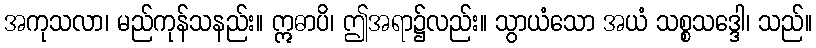
အကုသလာ၊ မည်ကုန်သနည်း။ ဣဓာပိ၊ ဤအရာ၌လည်း။ သွာယံသော အယံ သစ္စသဒ္ဒေါ၊ သည်။